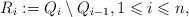
LaTeX: \begin{align*} R_i:=Q_i\setminus Q_{i-1}, 1\leqslant i\leqslant n,\end{align*}